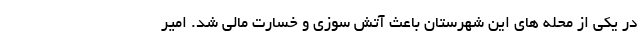
در یکی از محله های این شهرستان باعث آتش سوزی و خسارت مالی شد. امیر